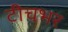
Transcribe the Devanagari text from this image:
टीचभर